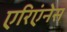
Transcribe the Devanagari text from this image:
एरिएंनेस